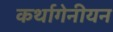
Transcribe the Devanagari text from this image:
कर्थागेनीयन